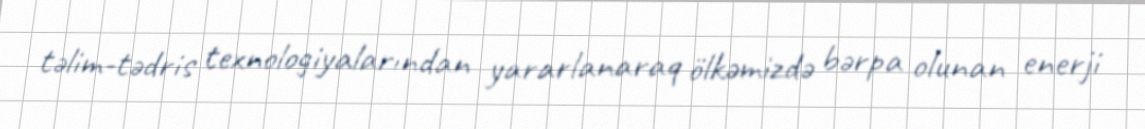
təlim-tədris texnologiyalarından yararlanaraq ölkəmizdə bərpa olunan enerji